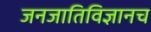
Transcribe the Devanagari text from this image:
जनजातिविज्ञानच